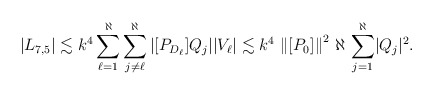
\begin{align*}\left\vert L_{7,5} \right\vert \lesssim k^4 \sum_{\ell = 1}^\aleph\sum_{j\neq\ell}^\aleph|[P_{D_\ell}]Q_j||V_\ell| \lesssim k^4 \, \left\lVert[P_0]\right\rVert^2 \, \aleph \, \sum_{j = 1}^\aleph \lvert Q_j \rvert^2.\end{align*}